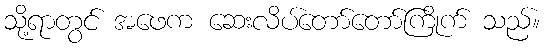
သို့ရာတွင် အဖေက ဆေးလိပ်တော်တော်ကြိုက် သည်။